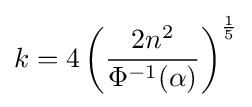
k=4\left({\frac {2n^{2}}{\Phi ^{-1}(\alpha )}}\right)^{\frac {1}{5}}